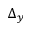
\Delta _ { y }